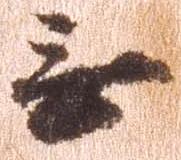
無